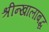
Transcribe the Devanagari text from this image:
श्रीन्खालाबद्ध